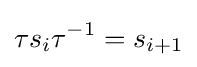
\tau s_{i}\tau ^{-1}=s_{i+1}